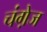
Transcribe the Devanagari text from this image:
चंगे़ज